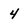
Character: 4